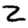
Digit: 2